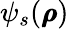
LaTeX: \psi_{s}(\pmb{\rho})